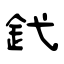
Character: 釴